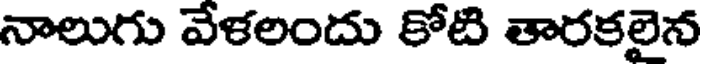
నాలుగు వేళలందు కోటి తారకలైన